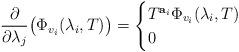
LaTeX: \begin{align*}\frac{\partial}{\partial\lambda_j}\big(\Phi_{v_i}(\lambda_i,T)\big) = \begin{cases} T^{{\bf a}_i}\Phi_{v_i}(\lambda_i,T) & \\ 0 & \end{cases}\end{align*}